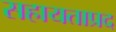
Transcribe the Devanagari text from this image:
सहायताप्रद